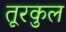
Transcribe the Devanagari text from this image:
तूरकुल